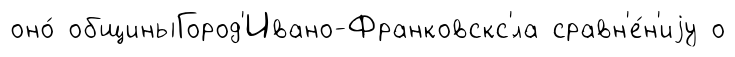
оно́ общиныГород'Ивано-Франковскс'́ла сравн'е́н'иjу о